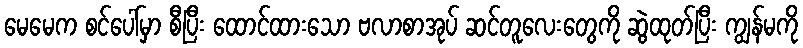
မေမေက စင်ပေါ်မှာ စီပြီး ထောင်ထားသော ဗလာစာအုပ် ဆင်တူလေးတွေကို ဆွဲထုတ်ပြီး ကျွန်မကို